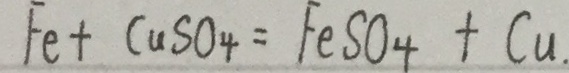
F e + C u S O _ { 4 } = F e S O _ { 4 } + C u .